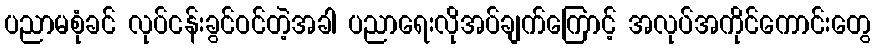
ပညာမစုံခင် လုပ်ငန်းခွင်ဝင်တဲ့အခါ ပညာရေးလိုအပ်ချက်ကြောင့် အလုပ်အကိုင်ကောင်းတွေ